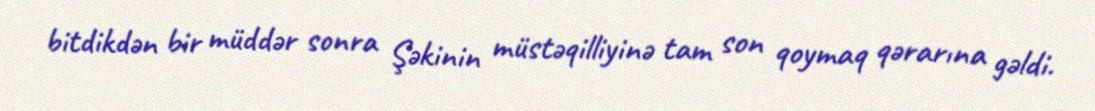
bitdikdən bir müddər sonra Şəkinin müstəqilliyinə tam son qoymaq qərarına gəldi.